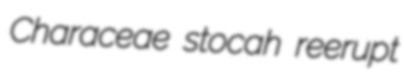
Characeae stocah reerupt